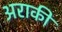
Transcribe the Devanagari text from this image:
अराकी